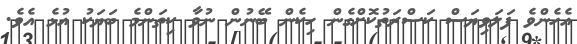
އެހެންވެ ފަލަވިޔަސް ކަސްރަތުކޮށްގެން ހިކެން ބޭނުން ނުވާ ކިތަންމެ ބަޔަކު އުޅެ އެވެ.